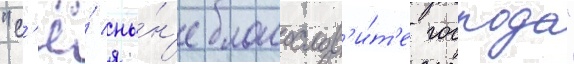
"с'ё́ ны́н'е благослов'и́т'е господа"